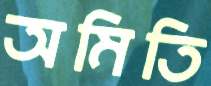
অমিতি